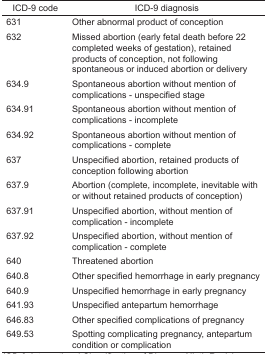
| ICD-9 code | ICD-9 diagnosis |
 | --- | --- |
 | 631 | Other abnormal product of conception |
 | 632 | Missed abortion (early fetal death before 22 completed weeks of gestation), retained products of conception, not following spontaneous or induced abortion or delivery |
 | 634.9 | Spontaneous abortion without mention of complications - unspecified stage |
 | 634.91 | Spontaneous abortion without mention of complications - incomplete |
 | 634.92 | Spontaneous abortion without mention of complications - complete |
 | 637 | Unspecified abortion, retained products of conception following abortion |
 | 637.9 | Abortion (complete, incomplete, inevitable with or without retained products of conception) |
 | 637.91 | Unspecified abortion, without mention of complication - incomplete |
 | 637.92 | Unspecified abortion, without mention of complication - complete |
 | 640 | Threatened abortion |
 | 640.8 | Other specified hemorrhage in early pregnancy |
 | 640.9 | Unspecified hemorrhage in early pregnancy |
 | 641.93 | Unspecified antepartum hemorrhage |
 | 646.83 | Other specified complications of pregnancy |
 | 649.53 | Spotting complicating pregnancy, antepartum condition or complication |